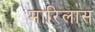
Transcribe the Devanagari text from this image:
मारिलास